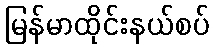
မြန်မာထိုင်းနယ်စပ်